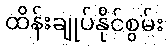
ထိန်းချုပ်နိုင်စွမ်း